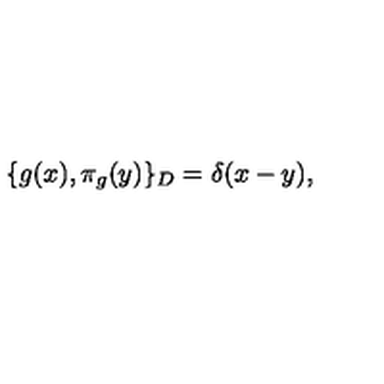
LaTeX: \{ g ( x ) , \pi _ { g } ( y ) \} _ { D } = \delta ( x - y ) ,